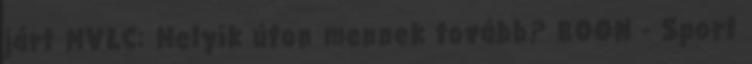
járt MVLC: Melyik úton mennek tovább? BOON - Sport